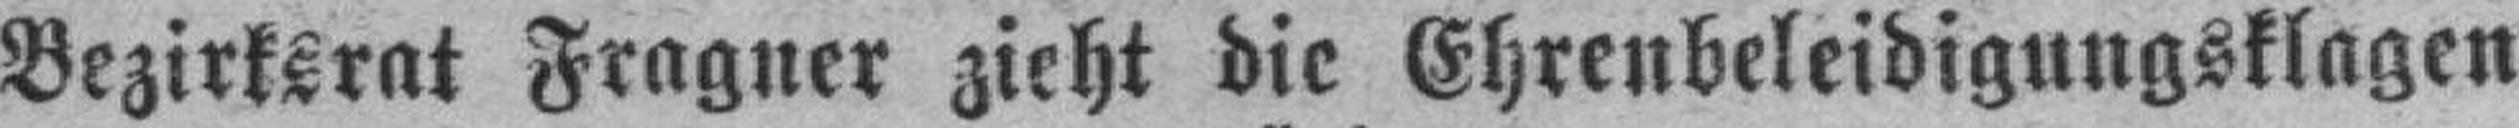
Bezirksrat Fragner zieht die Ehrenbeleidigungsklagen